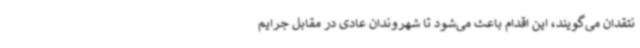
نتقدان می‌گویند، این اقدام باعث می‌شود تا شهروندان عادی در مقابل جرایم